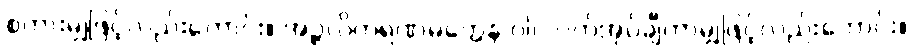
စကားမျှဖြင့်လည်းကောင်း။ အဉ္ဇလိကရဏမတ္တေန ဝါ၊ လက်အုပ်ချီကာမျှဖြင့်လည်းကောင်း။